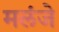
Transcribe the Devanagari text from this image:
मलंजे